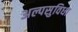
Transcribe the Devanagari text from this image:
अल्पसुविधा